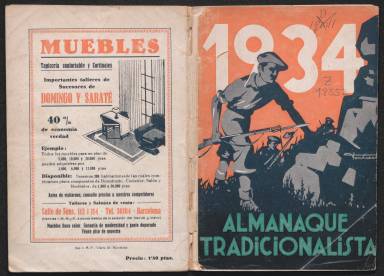
Título: Almanaque tradicionalista
Colección: Almanaques || Carlismo
Ámbito geográfico: Barcelona
Lugar de publicación: Barcelona
Fechas: 01/01/1934-31/12/1936